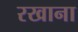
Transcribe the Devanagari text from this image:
रखाना